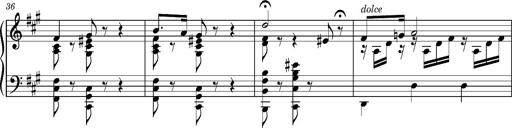
Title: Cavatine de Robert le Diable
Composer: Franz Liszt
Key: F-sharp minor